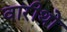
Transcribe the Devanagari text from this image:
वारीथो